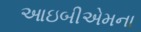
આઇબીએમના